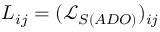
L _ { i j } = ( \mathcal { L } _ { S ( A D O ) } ) _ { i j }